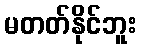
မတတ်နိုင်ဘူး